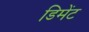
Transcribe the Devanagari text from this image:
डिमेंट